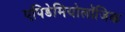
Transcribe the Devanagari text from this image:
एपिडेमियोलॉजिक